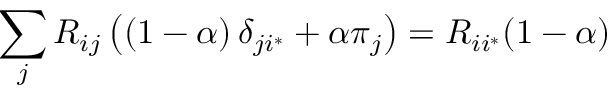
\sum _ { j } R _ { i j } \left( \left( 1 - \alpha \right) \delta _ { j i ^ { * } } + \alpha \pi _ { j } \right) = R _ { i i ^ { * } } ( 1 - \alpha )